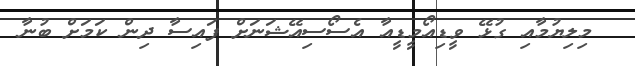
މިލިޔުމާއި ގުޅޭ ވީޑިއޯމީޑީއާ އެސޯސިއޭޝަނަށް ފައިސާ ދިން ކަމަށް ބުނާ